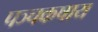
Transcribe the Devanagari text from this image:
पञ्चकषाय